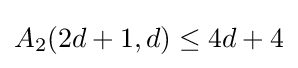
A_{2}(2d+1,d)\leq 4d+4